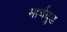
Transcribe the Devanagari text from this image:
मार्चवुड